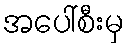
အပေါ်စီးမှ